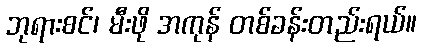
ဘုရားစင်၊ မီးဖို အကုန် တစ်ခန်းတည်းရယ်။